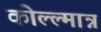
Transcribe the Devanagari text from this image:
कोल्ल्मान्न